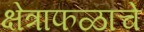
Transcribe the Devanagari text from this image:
क्षेत्राफळाचे